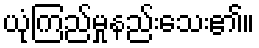
ယုံကြည်မှုနည်းသေး၏။